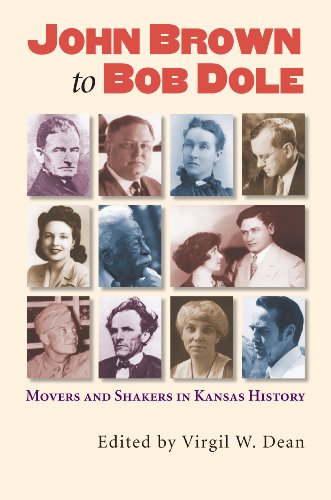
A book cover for John Brown to Bob Dole: Movers and Shakers in Kansas History; Politics & Social Sciences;